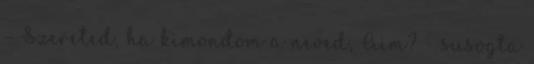
– Szereted, ha kimondom a neved, Aim? – susogta